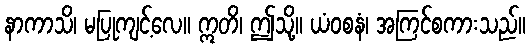
နာကာသိ၊ မပြုကျင့်လေ။ ဣတိ၊ ဤသို့။ ယံဝစနံ၊ အကြင်စကားသည်။